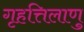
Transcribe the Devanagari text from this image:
गृहत्तिलाणु